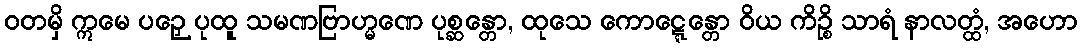
ဝတမှိ ဣမေ ပဉှေ ပုထူ သမဏဗြာဟ္မဏေ ပုစ္ဆန္တော, ထုသေ ကောဋ္ဋေန္တော ဝိယ ကိဉ္စိ သာရံ နာလတ္ထံ, အဟော